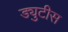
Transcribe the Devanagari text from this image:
ड्युटीस